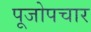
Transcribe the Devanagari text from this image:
पूजोपचार